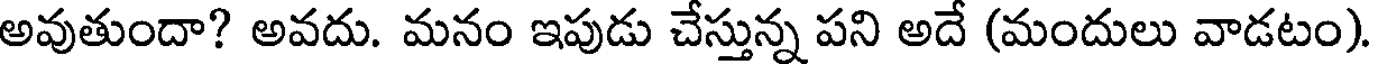
అవుతుందా? అవదు. మనం ఇపుడు చేస్తున్న పని అదే (మందులు వాడటం)